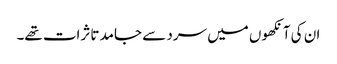
ان کی آنکھوں میں سرد سے جامد تاثرات تھے۔